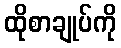
ထိုစာချုပ်ကို